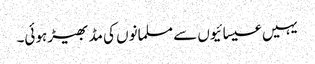
یہیں عیسائیوں سے مسلمانوں کی مڈ بھیڑ ہوئی۔